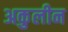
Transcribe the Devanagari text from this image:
अकुलीन